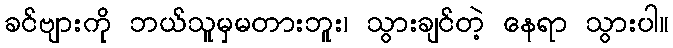
ခင်ဗျားကို ဘယ်သူမှမတားဘူး၊ သွားချင်တဲ့ နေရာ သွားပါ။